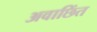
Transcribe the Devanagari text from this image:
अवाछिंत